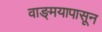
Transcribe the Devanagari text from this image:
वाङ्‌मयापासून